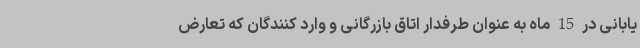
یابانی در 15 ماه به عنوان طرفدار اتاق بازرگانی و وارد کنندگان که تعارض